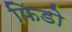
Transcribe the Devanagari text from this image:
फिडो